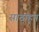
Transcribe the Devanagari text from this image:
साठांहून